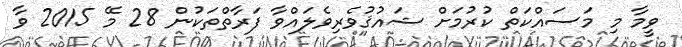
ވީމާ މި މަސައްކަތް ކުރުމަށް ޝައުޤުވެރިވެލައްވާ ފަރާތްތަކުން 28 މޭ 2015 ވާ